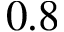
0 . 8